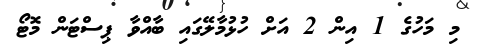
މި މަހުގެ 1 އިން 2 އަށް ހުޅުމާލޭގައި ބާއްވާ ޕިސްޓަން މޮޓޯ